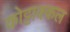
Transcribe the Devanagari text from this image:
कोट्टाक्कल